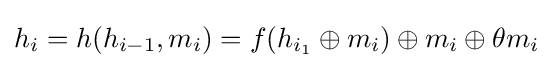
h_{i}=h(h_{i-1},m_{i})=f(h_{i_{1}}\oplus m_{i})\oplus m_{i}\oplus \theta m_{i}